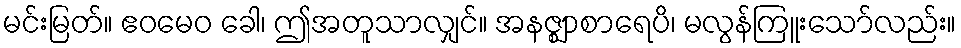
မင်းမြတ်။ ဧဝမေဝ ခေါ၊ ဤအတူသာလျှင်။ အနဇ္ဈာစာရေပိ၊ မလွန်ကြူးသော်လည်း။